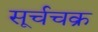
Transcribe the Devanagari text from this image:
सूर्चचक्र